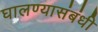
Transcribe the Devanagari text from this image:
घालण्यासंबंधी